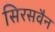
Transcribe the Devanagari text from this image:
सिरसवैन